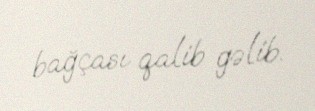
bağçası qalib gəlib.